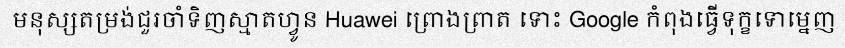
មនុស្សតម្រង់ជួរចាំទិញស្មាតហ្វូន Huawei ព្រោងព្រាត ទោះ Google កំពុងធ្វើទុក្ខទោម្នេញ